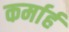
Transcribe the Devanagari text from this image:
कर्मार्ह